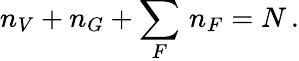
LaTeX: n_{V}+n_{G}+\sum_{F}\, n_{F}=N\, .